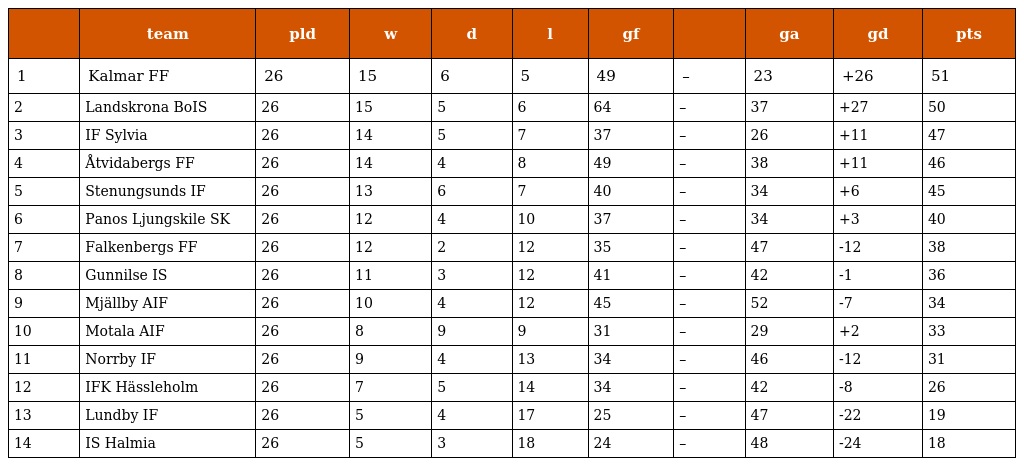
|  | team | pld | w | d | l | gf |  | ga | gd | pts |
 | --- | --- | --- | --- | --- | --- | --- | --- | --- | --- | --- |
 | 1 | Kalmar FF | 26 | 15 | 6 | 5 | 49 | – | 23 | +26 | 51 |
 | 2 | Landskrona BoIS | 26 | 15 | 5 | 6 | 64 | – | 37 | +27 | 50 |
 | 3 | IF Sylvia | 26 | 14 | 5 | 7 | 37 | – | 26 | +11 | 47 |
 | 4 | Åtvidabergs FF | 26 | 14 | 4 | 8 | 49 | – | 38 | +11 | 46 |
 | 5 | Stenungsunds IF | 26 | 13 | 6 | 7 | 40 | – | 34 | +6 | 45 |
 | 6 | Panos Ljungskile SK | 26 | 12 | 4 | 10 | 37 | – | 34 | +3 | 40 |
 | 7 | Falkenbergs FF | 26 | 12 | 2 | 12 | 35 | – | 47 | -12 | 38 |
 | 8 | Gunnilse IS | 26 | 11 | 3 | 12 | 41 | – | 42 | -1 | 36 |
 | 9 | Mjällby AIF | 26 | 10 | 4 | 12 | 45 | – | 52 | -7 | 34 |
 | 10 | Motala AIF | 26 | 8 | 9 | 9 | 31 | – | 29 | +2 | 33 |
 | 11 | Norrby IF | 26 | 9 | 4 | 13 | 34 | – | 46 | -12 | 31 |
 | 12 | IFK Hässleholm | 26 | 7 | 5 | 14 | 34 | – | 42 | -8 | 26 |
 | 13 | Lundby IF | 26 | 5 | 4 | 17 | 25 | – | 47 | -22 | 19 |
 | 14 | IS Halmia | 26 | 5 | 3 | 18 | 24 | – | 48 | -24 | 18 |